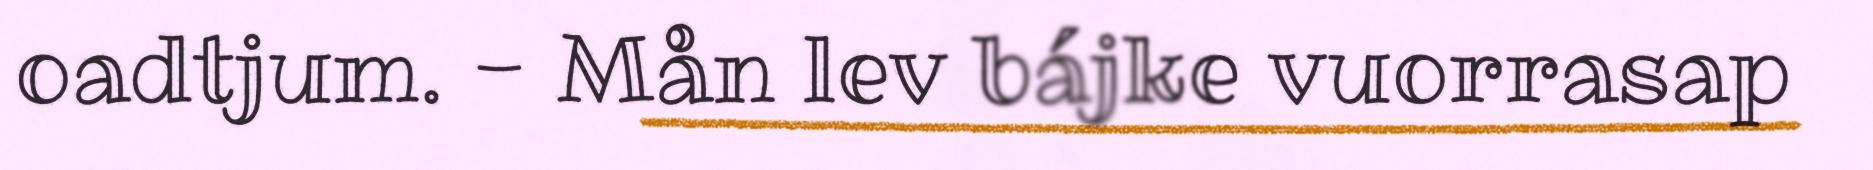
oadtjum. - Mån lev bájke vuorrasap